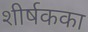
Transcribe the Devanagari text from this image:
शीर्षकका